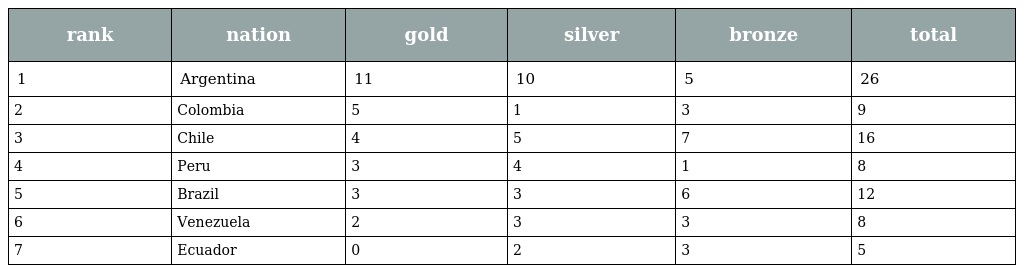
| rank | nation | gold | silver | bronze | total |
 | --- | --- | --- | --- | --- | --- |
 | 1 | Argentina | 11 | 10 | 5 | 26 |
 | 2 | Colombia | 5 | 1 | 3 | 9 |
 | 3 | Chile | 4 | 5 | 7 | 16 |
 | 4 | Peru | 3 | 4 | 1 | 8 |
 | 5 | Brazil | 3 | 3 | 6 | 12 |
 | 6 | Venezuela | 2 | 3 | 3 | 8 |
 | 7 | Ecuador | 0 | 2 | 3 | 5 |